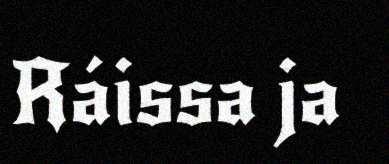
Ráissa ja